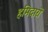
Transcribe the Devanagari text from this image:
हमिदारों